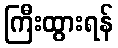
ကြီးထွားရန်